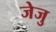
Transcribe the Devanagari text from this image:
जेजु